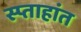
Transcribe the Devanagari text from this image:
स्प्ताहांत